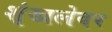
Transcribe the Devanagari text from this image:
शृंखलेवर